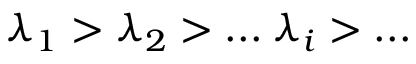
\lambda _ { 1 } > \lambda _ { 2 } > . . . \: \lambda _ { i } > . . .